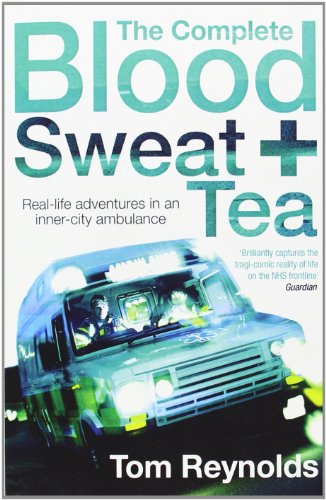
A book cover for The Complete Blood, Sweat and Tea; Tom Reynolds; Medical Books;